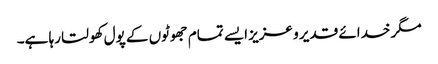
مگر خدائے قدیر و عزیز ایسے تمام جھوٹوں کے پول کھولتا رہا ہے۔